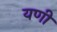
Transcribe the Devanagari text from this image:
यणी